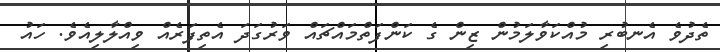
ތެދުވެ އެނބުރި މުއްކަވާލަމުން ޒިން ގެ ކަންފަތްމައްޗައް ވަރުގަދަ އެތިފަަރެއް ވިއްލާލިއެވެ. ހައު